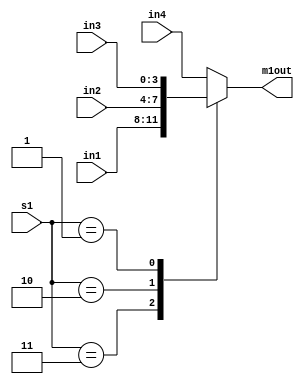
module Calc_MUX1 #(parameter Data_width = 4)(
input [Data_width - 1:0] in1, in2, in3, in4,
input [1:0] s1,
output reg [Data_width - 1:0] m1out 
);

always @ (in1, in2, in3, in4, s1)
begin
        case (s1)
                2'b11:      m1out = in1;
                2'b10:      m1out = in2;
                2'b01:      m1out = in3;
                default:    m1out = in4; // 2'b00
        endcase
end
endmodule